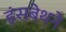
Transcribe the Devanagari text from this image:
हंसबेथने